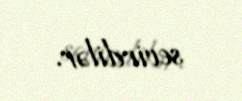
sevirdilər.